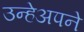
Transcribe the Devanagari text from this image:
उन्हेअपने